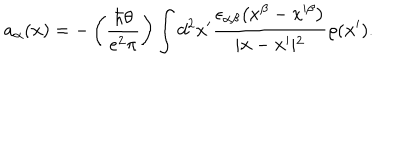
LaTeX: a _ { \alpha } ( { \bf x } ) = - \left( { \frac { \hbar \theta } { e ^ { 2 } \pi } } \right) \int d ^ { 2 } x ^ { \prime } { \frac { \epsilon _ { \alpha \beta } \bigl ( x ^ { \beta } - x ^ { \prime \beta } \bigr ) } { \vert { \bf x } - { \bf x } ^ { \prime } \vert ^ { 2 } } } \rho ( { \bf x } ^ { \prime } ) .